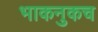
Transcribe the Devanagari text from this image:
भाकनुकच